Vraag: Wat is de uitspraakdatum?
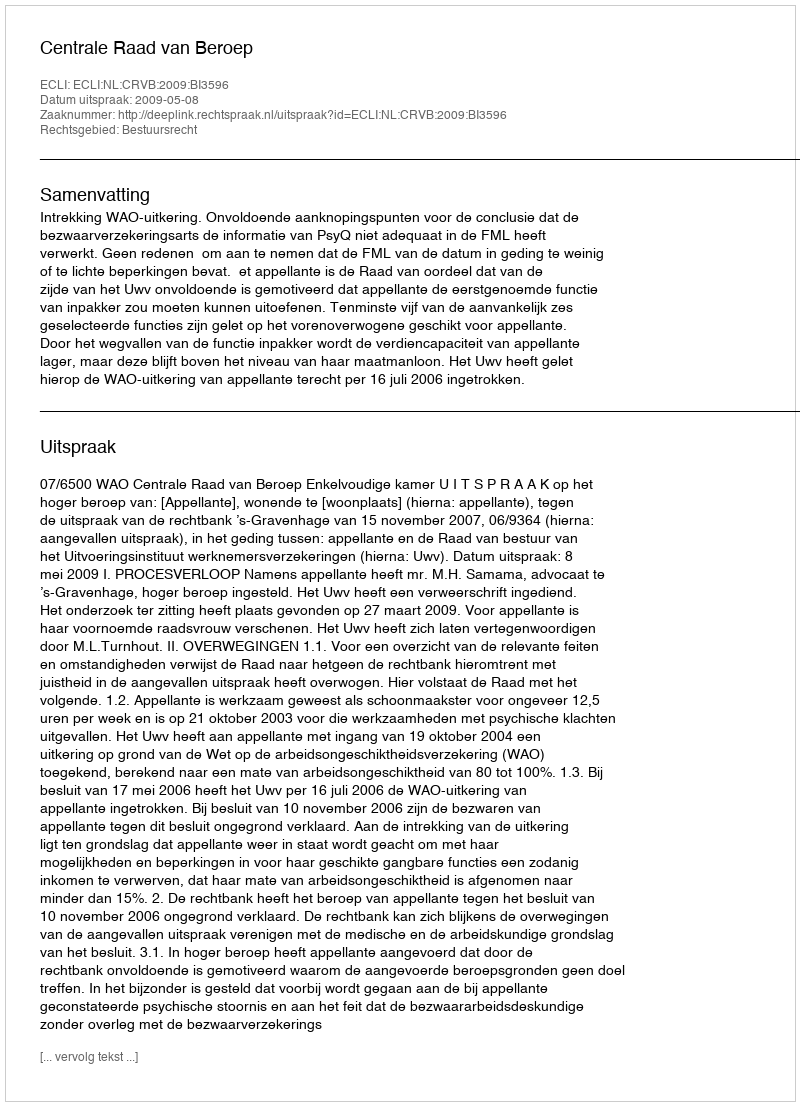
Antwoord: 2009-05-08